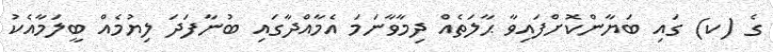
ގެ (ކ) ގައި ބަޔާންކޮށްފައިވާ ޙާލަތެއް ދިމާވާނަމަ އެމާއްދާގައި ބުނާފަދަ ލިޔުމެއް ބީލަމާއެކު